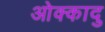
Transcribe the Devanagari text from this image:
ओक्कादु